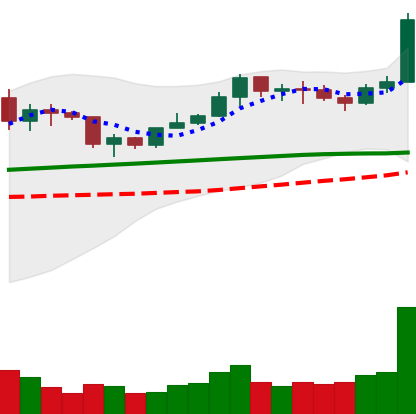
Ticker: LINK-USD
Chart end date: 2020-02-07
Forward return: 21.659%
Label: up_7plus